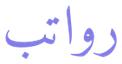
رواتب